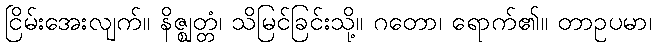
ငြိမ်းအေးလျက်။ နိဇ္ဈတ္တံ၊ သိမြင်ခြင်းသို့။ ဂတော၊ ရောက်၏။ တာဥပမာ၊